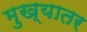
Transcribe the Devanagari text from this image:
मुख्यातर